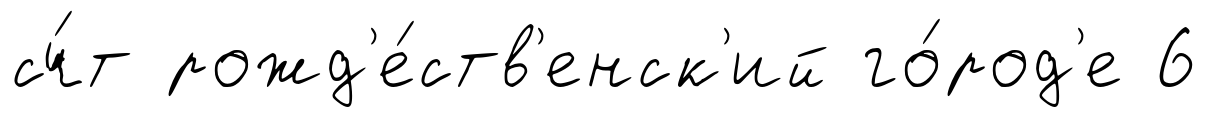
сч́т рожд'е́ств'енск'ий го́род'е 6